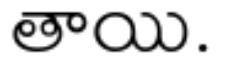
తాయి.